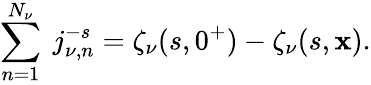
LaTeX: \sum_{n=1}^{N_{\nu}}\ j_{\nu,n}^{-s}=\zeta_{\nu}(s,0^{+})-\zeta_{\nu}(s,\mathbf{x}).